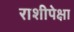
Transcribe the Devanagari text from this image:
राशीपेक्षा